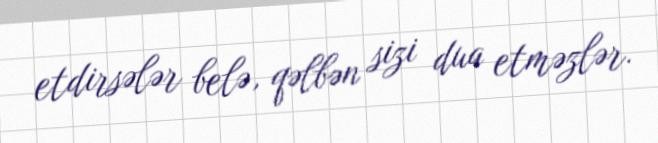
etdirsələr belə, qəlbən sizi dua etməzlər.